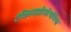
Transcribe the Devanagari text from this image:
टेकिहाइडीसीथमिया